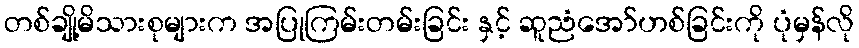
တစ်ချို့မိသားစုများက အပြုကြမ်းတမ်းခြင်း နှင့် ဆူညံအော်ဟစ်ခြင်းကို ပုံမှန်လို